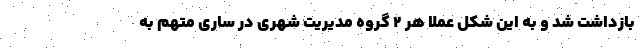
بازداشت شد و به این شکل عملا هر ۲ گروه مدیریت شهری در ساری متهم به